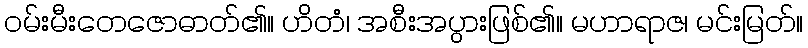
ဝမ်းမီးတေဇောဓာတ်၏။ ဟိတံ၊ အစီးအပွားဖြစ်၏။ မဟာရာဇ၊ မင်းမြတ်။